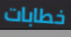
خطابات